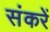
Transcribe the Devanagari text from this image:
संकरें